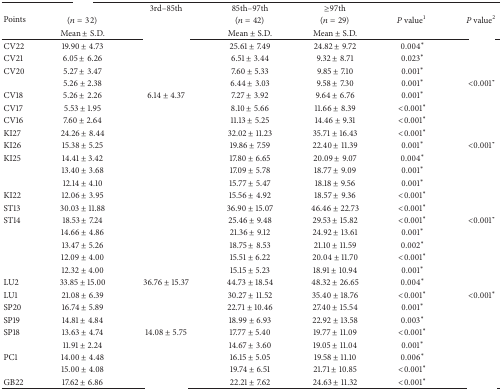
<table><thead><tr><td rowspan="3"><b>Points</b></td><td>[EMPTY_CELL]</td><td><b>3rd–85th</b></td><td><b>85th–97th</b></td><td><b>≥97th</b></td><td rowspan="3"><b><i>P</i> value<sup>1</sup></b></td><td rowspan="3"><b><i>P</i> value<sup>2</sup></b></td></tr><tr><td><b>(<i>n</i> = 32)</b></td><td>[EMPTY_CELL]</td><td><b>(<i>n</i> = 42)</b></td><td><b>(<i>n</i> = 29)</b></td></tr><tr><td><b>Mean ± S.D. </b></td><td>[EMPTY_CELL]</td><td><b>Mean ± S.D. </b></td><td><b>Mean ± S.D. </b></td></tr></thead><tbody><tr><td>CV22</td><td>19.90 ± 4.73</td><td>[EMPTY_CELL]</td><td>25.61 ± 7.49</td><td>24.82 ± 9.72</td><td>0.004<sup><i>∗</i></sup></td><td>[EMPTY_CELL]</td></tr><tr><td>CV21</td><td>6.05 ± 6.26</td><td>[EMPTY_CELL]</td><td>6.51 ± 3.44</td><td>9.32 ± 8.71</td><td>0.023<sup><i>∗</i></sup></td><td>[EMPTY_CELL]</td></tr><tr><td>CV20</td><td>5.27 ± 3.47</td><td>[EMPTY_CELL]</td><td>7.60 ± 5.33</td><td>9.85 ± 7.10</td><td>0.001<sup><i>∗</i></sup></td><td>[EMPTY_CELL]</td></tr><tr><td>[EMPTY_CELL]</td><td>5.26 ± 2.38</td><td>[EMPTY_CELL]</td><td>6.44 ± 3.03</td><td>9.58 ± 7.30</td><td>0.001<sup><i>∗</i></sup></td><td>&lt;0.001<sup><i>∗</i></sup></td></tr><tr><td>CV18</td><td>5.26 ± 2.26</td><td>6.14 ± 4.37</td><td>7.27 ± 3.92</td><td>9.64 ± 6.76</td><td>0.001<sup><i>∗</i></sup></td><td>[EMPTY_CELL]</td></tr><tr><td>CV17</td><td>5.53 ± 1.95</td><td>[EMPTY_CELL]</td><td>8.10 ± 5.66</td><td>11.66 ± 8.39</td><td>&lt;0.001<sup><i>∗</i></sup></td><td>[EMPTY_CELL]</td></tr><tr><td>CV16</td><td>7.60 ± 2.64</td><td>[EMPTY_CELL]</td><td>11.13 ± 5.25</td><td>14.46 ± 9.31</td><td>&lt;0.001<sup><i>∗</i></sup></td><td>[EMPTY_CELL]</td></tr><tr><td>KI27</td><td>24.26 ± 8.44</td><td>[EMPTY_CELL]</td><td>32.02 ± 11.23</td><td>35.71 ± 16.43</td><td>&lt;0.001<sup><i>∗</i></sup></td><td>[EMPTY_CELL]</td></tr><tr><td>KI26</td><td>15.38 ± 5.25</td><td>[EMPTY_CELL]</td><td>19.86 ± 7.59</td><td>22.40 ± 11.39</td><td>0.001<sup><i>∗</i></sup></td><td>&lt;0.001<sup><i>∗</i></sup></td></tr><tr><td>KI25</td><td>14.41 ± 3.42</td><td>[EMPTY_CELL]</td><td>17.80 ± 6.65</td><td>20.09 ± 9.07</td><td>0.004<sup><i>∗</i></sup></td><td>[EMPTY_CELL]</td></tr><tr><td>[EMPTY_CELL]</td><td>13.40 ± 3.68</td><td>[EMPTY_CELL]</td><td>17.09 ± 5.78</td><td>18.77 ± 9.09</td><td>0.001<sup><i>∗</i></sup></td><td>[EMPTY_CELL]</td></tr><tr><td>[EMPTY_CELL]</td><td>12.14 ± 4.10</td><td>[EMPTY_CELL]</td><td>15.77 ± 5.47</td><td>18.18 ± 9.56</td><td>0.001<sup><i>∗</i></sup></td><td>[EMPTY_CELL]</td></tr><tr><td>KI22</td><td>12.06 ± 3.95</td><td>[EMPTY_CELL]</td><td>15.56 ± 4.92</td><td>18.57 ± 9.36</td><td>&lt;0.001<sup><i>∗</i></sup></td><td>[EMPTY_CELL]</td></tr><tr><td>ST13</td><td>30.03 ± 11.88</td><td>[EMPTY_CELL]</td><td>36.90 ± 15.07</td><td>46.46 ± 22.73</td><td>&lt;0.001<sup><i>∗</i></sup></td><td>[EMPTY_CELL]</td></tr><tr><td>ST14</td><td>18.53 ± 7.24</td><td>[EMPTY_CELL]</td><td>25.46 ± 9.48</td><td>29.53 ± 15.82</td><td>&lt;0.001<sup><i>∗</i></sup></td><td>&lt;0.001<sup><i>∗</i></sup></td></tr><tr><td>[EMPTY_CELL]</td><td>14.66 ± 4.86</td><td>[EMPTY_CELL]</td><td>21.36 ± 9.12</td><td>24.92 ± 13.61</td><td>0.001<sup><i>∗</i></sup></td><td>[EMPTY_CELL]</td></tr><tr><td>[EMPTY_CELL]</td><td>13.47 ± 5.26</td><td>[EMPTY_CELL]</td><td>18.75 ± 8.53</td><td>21.10 ± 11.59</td><td>0.002<sup><i>∗</i></sup></td><td>[EMPTY_CELL]</td></tr><tr><td>[EMPTY_CELL]</td><td>12.09 ± 4.00</td><td>[EMPTY_CELL]</td><td>15.51 ± 6.22</td><td>20.04 ± 11.70</td><td>&lt;0.001<sup><i>∗</i></sup></td><td>[EMPTY_CELL]</td></tr><tr><td>[EMPTY_CELL]</td><td>12.32 ± 4.00</td><td>[EMPTY_CELL]</td><td>15.15 ± 5.23</td><td>18.91 ± 10.94</td><td>0.001<sup><i>∗</i></sup></td><td>[EMPTY_CELL]</td></tr><tr><td>LU2</td><td>33.85 ± 15.00</td><td>36.76 ± 15.37</td><td>44.73 ± 18.54</td><td>48.32 ± 26.65</td><td>0.004<sup><i>∗</i></sup></td><td>[EMPTY_CELL]</td></tr><tr><td>LU1</td><td>21.08 ± 6.39</td><td>[EMPTY_CELL]</td><td>30.27 ± 11.52</td><td>35.40 ± 18.76</td><td>&lt;0.001<sup><i>∗</i></sup></td><td>&lt;0.001<sup><i>∗</i></sup></td></tr><tr><td>SP20</td><td>16.74 ± 5.89</td><td>[EMPTY_CELL]</td><td>22.71 ± 10.46</td><td>27.40 ± 15.54</td><td>0.001<sup><i>∗</i></sup></td><td>[EMPTY_CELL]</td></tr><tr><td>SP19</td><td>14.81 ± 4.84</td><td>[EMPTY_CELL]</td><td>18.99 ± 6.93</td><td>22.92 ± 13.58</td><td>0.003<sup><i>∗</i></sup></td><td>[EMPTY_CELL]</td></tr><tr><td>SP18</td><td>13.63 ± 4.74</td><td>14.08 ± 5.75</td><td>17.77 ± 5.40</td><td>19.77 ± 11.09</td><td>&lt;0.001<sup><i>∗</i></sup></td><td>[EMPTY_CELL]</td></tr><tr><td>[EMPTY_CELL]</td><td>11.91 ± 2.24</td><td>[EMPTY_CELL]</td><td>14.67 ± 3.60</td><td>19.05 ± 11.04</td><td>0.001<sup><i>∗</i></sup></td><td>[EMPTY_CELL]</td></tr><tr><td>PC1</td><td>14.00 ± 4.48</td><td>[EMPTY_CELL]</td><td>16.15 ± 5.05</td><td>19.58 ± 11.10</td><td>0.006<sup><i>∗</i></sup></td><td>[EMPTY_CELL]</td></tr><tr><td>[EMPTY_CELL]</td><td>15.00 ± 4.08</td><td>[EMPTY_CELL]</td><td>19.74 ± 6.51</td><td>21.71 ± 10.85</td><td>&lt;0.001<sup><i>∗</i></sup></td><td>[EMPTY_CELL]</td></tr><tr><td>GB22</td><td>17.62 ± 6.86</td><td>[EMPTY_CELL]</td><td>22.21 ± 7.62</td><td>24.63 ± 11.32</td><td>&lt;0.001<sup><i>∗</i></sup></td><td>[EMPTY_CELL]</td></tr></tbody></table>